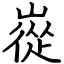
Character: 嵸